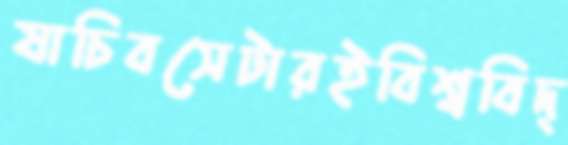
যাচিবসেটারইবিশ্ববিদ্